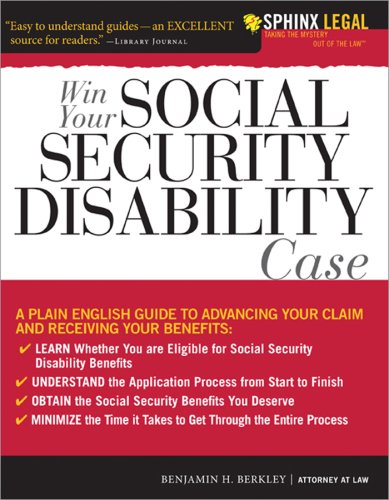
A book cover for Win Your Social Security Disability Case: Advance Your SSD Claim and Receive the Benefits You Deserve (Sphinx Legal); Benjamin Berkley; Law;